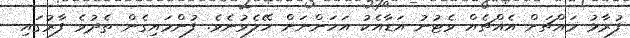
ފުރާޅު މައްޗަށް އެއްޗެއް ވެޓުނު އަޑާއެކު އަހަންނަށް ހޭލެވުނެވެ. ފުންމައިގެން ތެދުވެ ފާރުގައި